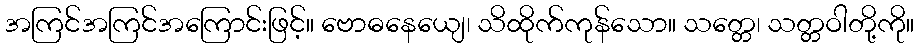
အကြင်အကြင်အကြောင်းဖြင့်။ ဗောဓနေယျေ၊ သိထိုက်ကုန်သော။ သတ္တေ၊ သတ္တဝါတို့ကို။